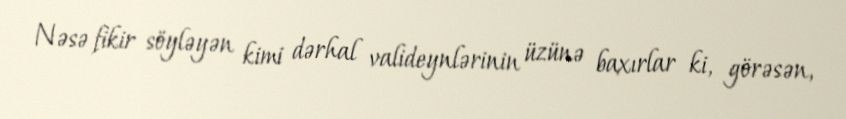
Nəsə fikir söyləyən kimi dərhal valideynlərinin üzünə baxırlar ki, görəsən,